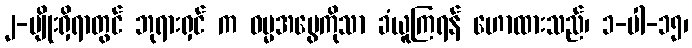
၂-မျိုးရှိရာတွင် ဘုရားရှင် က ဓမ္မအမွေကိုသာ ခံယူကြရန် ဟောထားသည်၊ ၁-ပါ-၁၅၊